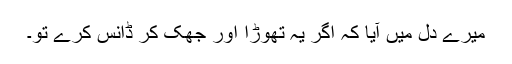
میرے دل میں آیا کہ اگر یہ تھوڑا اور جھک کر ڈانس کرے تو۔